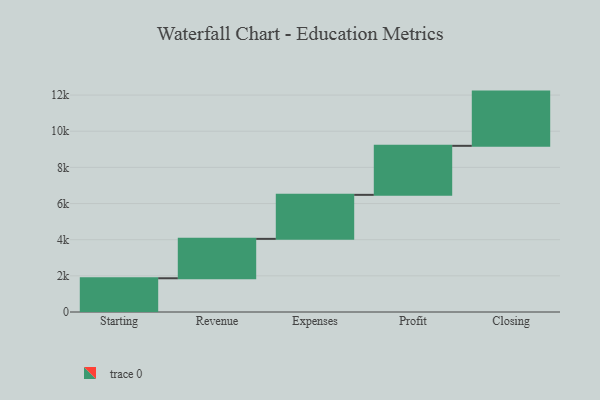
{"axis": {"x": "Step", "y": "Value"}, "legend": [""], "data": [{"x": "Starting", "y": 1866.0, "type": ""}, {"x": "Revenue", "y": 2180.0, "type": ""}, {"x": "Expenses", "y": 2435.0, "type": ""}, {"x": "Profit", "y": 2712.0, "type": ""}, {"x": "Closing", "y": 3000, "type": ""}]}